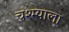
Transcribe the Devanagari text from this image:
चश्म्याला